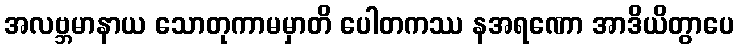
အလဗ္ဘမာနာယ သောတုကာမမှာတိ ပေါတကဿ နအရဏော အာဒိယိတွာပေ